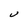
Character: U